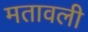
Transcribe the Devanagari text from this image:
मतावली